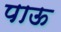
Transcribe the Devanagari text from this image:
पाऊ